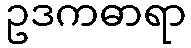
ဥဒကဓာရာ